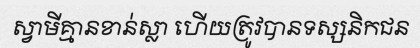
ស្វាមីគ្មានខាន់ស្លា ហើយត្រូវបានទស្សនិកជន